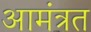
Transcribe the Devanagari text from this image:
आमंत्रत